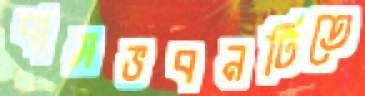
বাসভবনটিতে